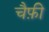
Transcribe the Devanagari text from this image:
चैफ़ी